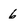
Character: 6